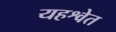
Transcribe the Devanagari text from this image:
यहश्वेत